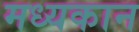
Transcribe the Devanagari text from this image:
मध्यकान